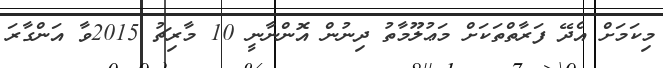
މިކަމަށް އެދޭ ފަރާތްތަކަށް މަޢުލޫމާތު ދިނުން އޮންނާނީ 10 މާރިޗު 2015ވާ އަންގާރަ